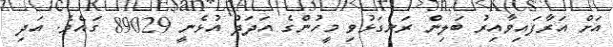
އަށް އަރާފައިވާއިރު ބަލިން ރަނގަޅުވި މީހުންގެ އަދަދު އުޅެނީ 89029 ގައެވެ. އަދި